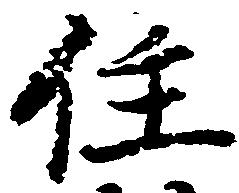
住